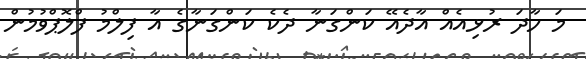
މަ ހާދަ ރުޅިއެއް އާދެއޭ ކަންގަނާ ދެކެ ކަންގަނާގެ އާ ފިލްމު ފްލޮޕްވުމުން